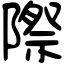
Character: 際